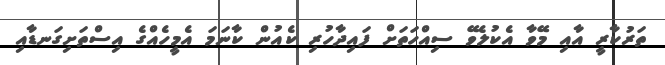
ތަރުކާރީ އާއި މޭވާ އެކުލެވޭ ސިއްހަތަށް ފައިދާހުރި ކެއުން ކާނަމަ އެމީހެއްގެ އިސްތަށިގަނޑާއި